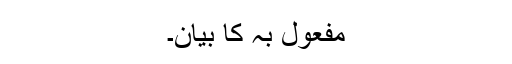
مفعول بہ کا بیان۔